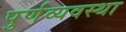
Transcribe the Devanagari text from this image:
पुर्णव्यवस्था